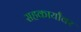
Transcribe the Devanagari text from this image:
सहकार्यांवर